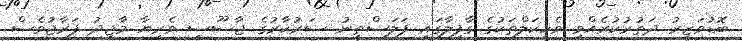
ބޮޑުވަޒީރު ދަތުރުކުރެއްވި ވެހިކަލްތަކުގެ ގާފިލާގައި ފަލަސްތީނު ސަރުކާރުގެ ޖާސޫސީ ވެރިޔާ މާޖިދު ފަރާޖުވެސް